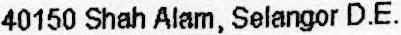
40150 SHAH ALAM, SELANGOR D.E.